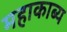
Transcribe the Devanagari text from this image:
महाकाब्‍य